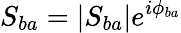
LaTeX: S_{ba}=|S_{ba}|e^{i\phi_{ba}}